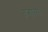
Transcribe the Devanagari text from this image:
तर्‍हांच्या